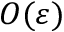
O ( \varepsilon )